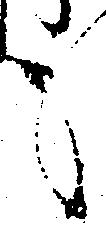
も